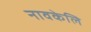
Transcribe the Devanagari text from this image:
नावकेलि